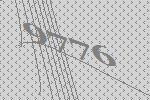
9776